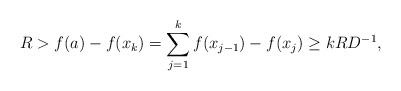
LaTeX: \begin{align*}R>f(a)-f(x_{k})=\sum_{j=1}^{k}f(x_{j-1})-f(x_{j})\ge kRD^{-1},\end{align*}